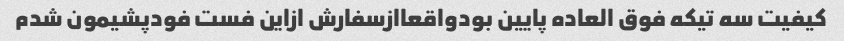
کیفیت سه تیکه فوق العاده پایین بودواقعاازسفارش ازاین فست فودپشیمون شدم